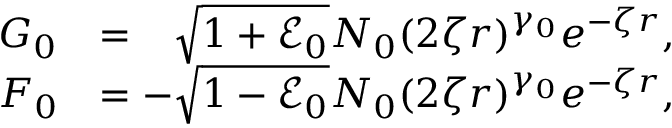
\begin{array} { c r } { G _ { 0 } } & { = \hphantom { - } \sqrt { 1 + \mathcal { E } _ { 0 } } N _ { 0 } ( 2 \zeta r ) ^ { \gamma _ { 0 } } e ^ { - \zeta r } , } \\ { F _ { 0 } } & { = - \sqrt { 1 - \mathcal { E } _ { 0 } } N _ { 0 } ( 2 \zeta r ) ^ { \gamma _ { 0 } } e ^ { - \zeta r } , } \end{array}